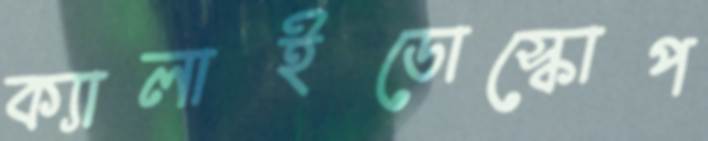
ক্যালাইডোস্কোপ